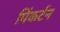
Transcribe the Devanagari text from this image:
पिंकर्टन